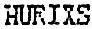
HURIXS